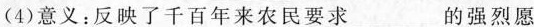
(4)意义：反映了千百年来农民要求___的强烈愿